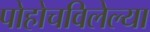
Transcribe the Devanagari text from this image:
पोहोचविलेल्या